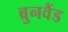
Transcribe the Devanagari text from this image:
ब्रुनवैंड